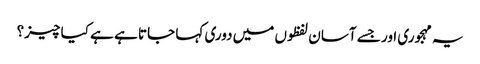
یہ مہجوری اور جسے آسان لفظوں میں دوری کہا جاتا ہے ہے کیا چیز؟